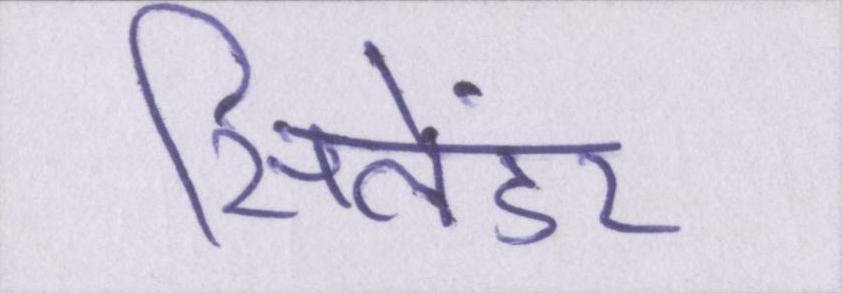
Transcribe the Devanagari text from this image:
सिलेंडर